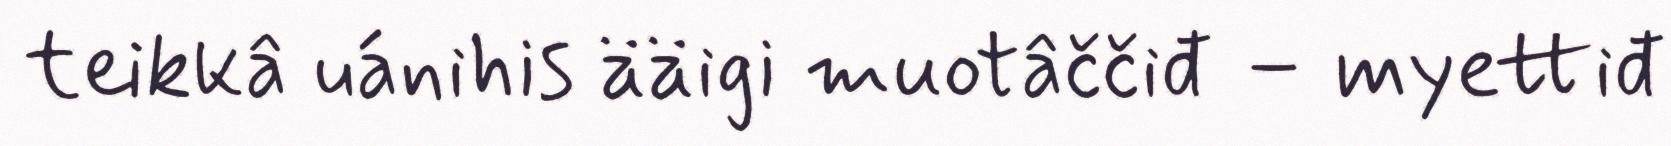
teikkâ uánihis ääigi muotâččiđ – myettiđ